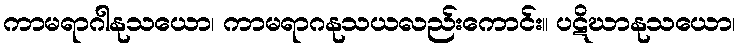
ကာမရာဂါနုသယော၊ ကာမရာဂနုသယလည်းကောင်း။ ပဋိဃာနုသယော၊